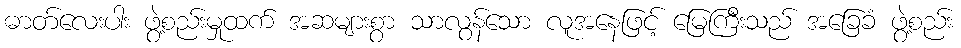
ဓာတ်လေးပါး ဖွဲ့စည်းမှုထက် အဆများစွာ သာလွန်သော လူအနေဖြင့် မြေကြီးသည် အခြေခံ ဖွဲ့စည်း